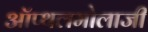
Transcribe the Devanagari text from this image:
ऑप्थलमोलाजी